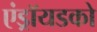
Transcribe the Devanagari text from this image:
एंड्रॉयडको